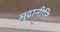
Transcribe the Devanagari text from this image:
मुद्रानीति